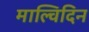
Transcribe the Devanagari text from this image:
माल्विदिन